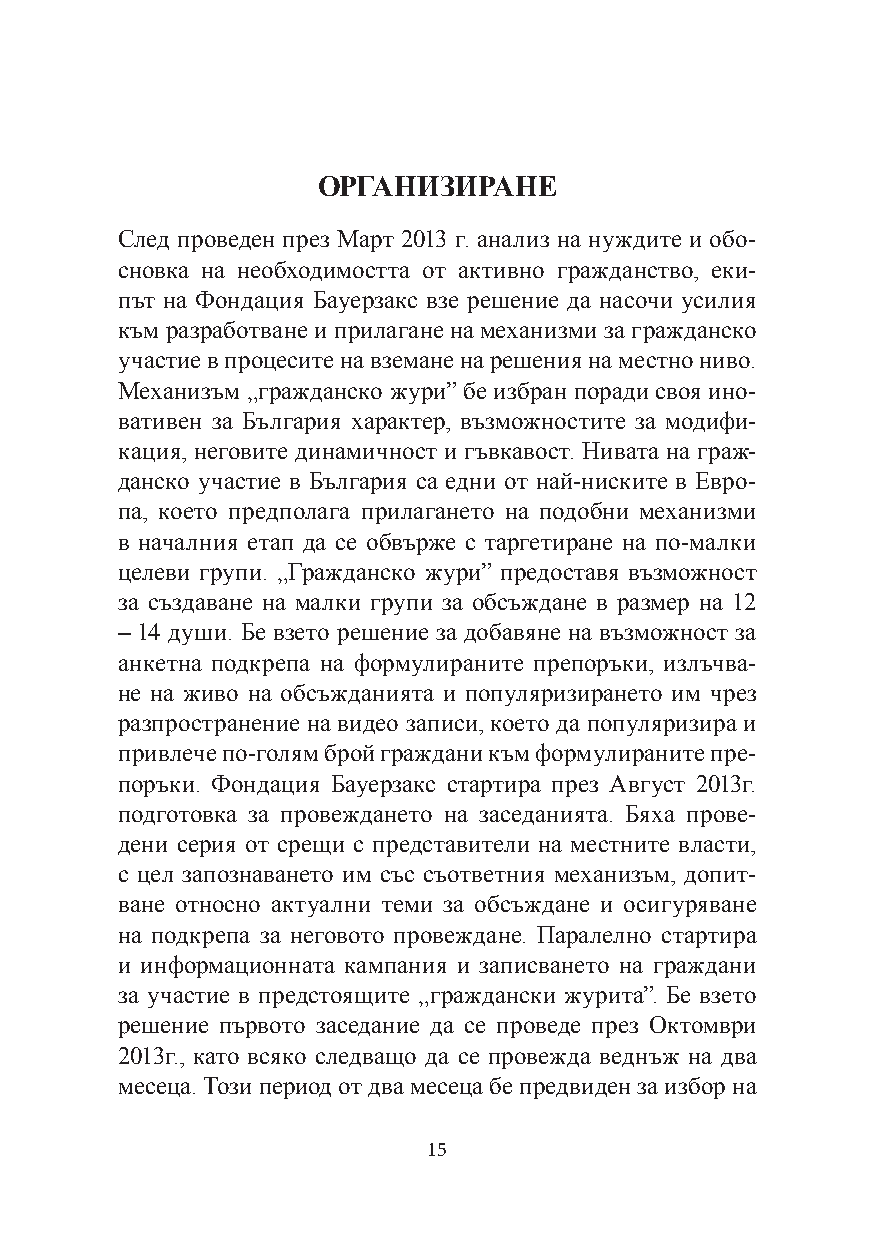
ОРГАНИЗИРАНЕ
 След проведен през Март 2013 г. анализ на нуждите и обо-
 сновка на необходимостта от активно гражданство, еки-
 път на Фондация Бауерзакс взе решение да насочи усилия
 към разработване и прилагане на механизми за гражданско
 участие в процесите на вземане на решения на местно ниво.
 Механизъм „гражданско жури” бе избран поради своя ино-
 вативен за България характер, възможностите за модифи-
 кация, неговите динамичност и гъвкавост. Нивата на граж-
 данско участие в България са едни от най-ниските в Евро-
 па, което предполага прилагането на подобни механизми
 в началния етап да се обвърже с таргетиране на по-малки
 целеви групи. „Гражданско жури” предоставя възможност
 за създаване на малки групи за обсъждане в размер на 12
 – 14 души. Бе взето решение за добавяне на възможност за
 анкетна подкрепа на формулираните препоръки, излъчва-
 не на живо на обсъжданията и популяризирането им чрез
 разпространение на видео записи, което да популяризира и
 привлече по-голям брой граждани към формулираните пре-
 поръки. Фондация Бауерзакс стартира през Август 2013г.
 подготовка за провеждането на заседанията. Бяха прове-
 дени серия от срещи с представители на местните власти,
 с цел запознаването им със съответния механизъм, допит-
 ване относно актуални теми за обсъждане и осигуряване
 на подкрепа за неговото провеждане. Паралелно стартира
 и информационната кампания и записването на граждани
 за участие в предстоящите „граждански журита”. Бе взето
 решение първото заседание да се проведе през Октомври
 2013г., като всяко следващо да се провежда веднъж на два
 месеца. Този период от два месеца бе предвиден за избор на
 15